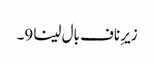
زیرِ ناف بال لینا 9۔